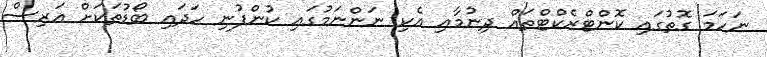
ނަހަމަ ގޮތުގައި ކޮންޓްރެކްޓްތައް ދިނުމާއި އެކި ނަންނަމުގައި ކުންފުނި ހަދައި ބޯޑުތަކަށް އަރިސް